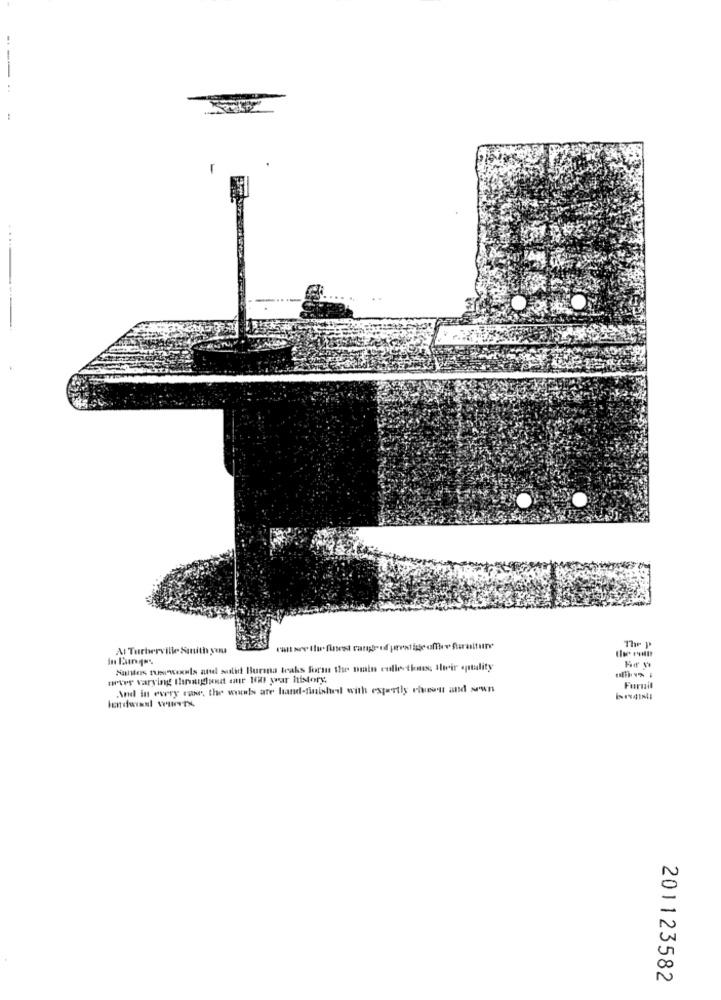
---
Al Turiwerville Sanith you
Hunters meu wexmls and sailid Burena teaks form the noin collections Hwir atality
urter varying Ihnaggand our 100 war history,
And in every case, the word's ate hand-finished with expertly chewu and sown
Furnit
201123582